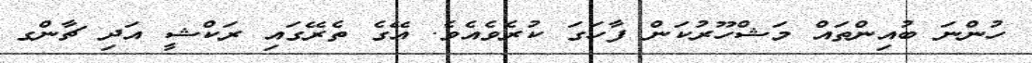
ހުންނަ ބުއިންތައް މަޝްހޫރުކަން ފާހަގަ ކުރެވެއެވެ. އޭގެ ތެރޭގައި ރަކްޝީ އަދި ޗާންގ